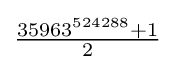
{\tfrac {35963^{524288}+1}{2}}